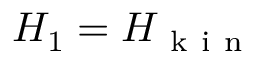
H _ { 1 } = H _ { \mathrm { ~ k ~ i ~ n ~ } }